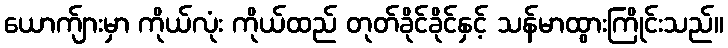
ယောက်ျားမှာ ကိုယ်လုံး ကိုယ်ထည် တုတ်ခိုင်ခိုင်နှင့် သန်မာထွားကြိုင်းသည်။